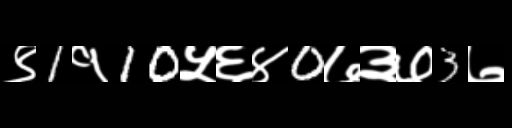
Text: ९1१10५६४0७३७3७